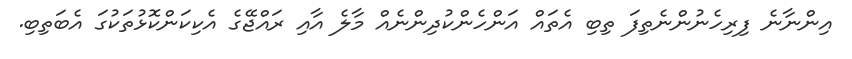
އިންނާނެ ފިރިހެނުންނެތިފަ ތިބި އެތައް އަންހެންކުދިންނެއް މާލެ އާއި ރައްޖޭގެ އެކިކަންކޮޅުތަކުގަ އެބަތިބި.